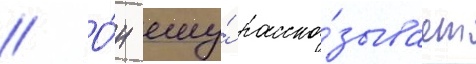
// О́н ему́ расска́зывает